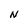
Character: N